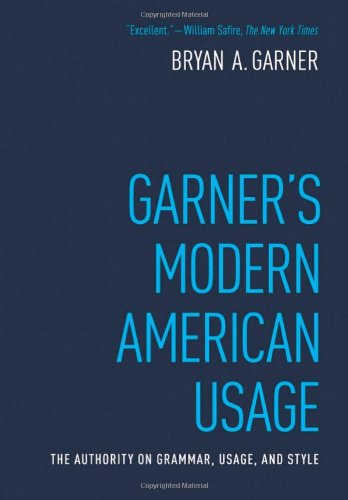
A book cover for Garner's Modern American Usage; Bryan A. Garner; Reference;